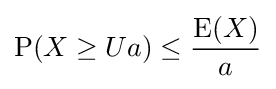
\operatorname {P} (X\geq Ua)\leq {\frac {\operatorname {E} (X)}{a}}